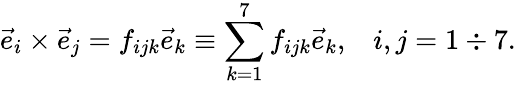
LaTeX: \vec{e}_{i}\times\vec{e}_{j}=f_{ijk}\vec{e}_{k}\equiv\sum_{k=1}^{7}f_{ijk}\vec{e}_{k},\; \; \; i,j=1\div 7.